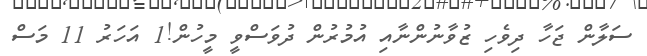
ސަލާން ޖަހާ ދިވެހި ޒުވާނުންނާއި އުމުރުން ދުވަސްވީ މީހުން!1 އަހަރު 11 މަސް